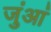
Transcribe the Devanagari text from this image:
जुंआं